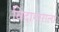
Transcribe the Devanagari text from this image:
विदागाराला